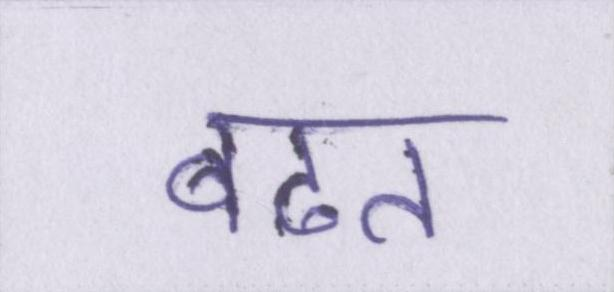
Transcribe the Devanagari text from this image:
बढत